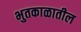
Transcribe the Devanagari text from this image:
भुतकाळातील